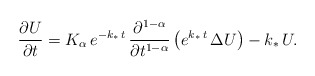
\begin{align*}\frac{\partial U}{\partial t} = K_{\alpha}\,e^{-k_\ast\,t}\,\frac{\partial^{1-\alpha}}{\partial t^{1-\alpha}}\left(e^{k_\ast\,t}\,\Delta U\right) - k_\ast\,U.\end{align*}